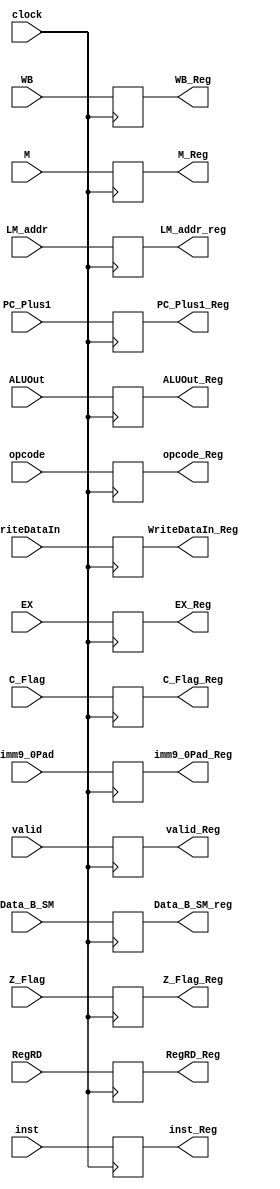
module EXM(clock,WB,M,EX,ALUOut,WriteDataIn,RegRD,imm9_0Pad,PC_Plus1,Z_Flag, C_Flag ,valid, LM_addr, Data_B_SM, opcode, inst,
WB_Reg,M_Reg,EX_Reg,ALUOut_Reg,WriteDataIn_Reg,RegRD_Reg,imm9_0Pad_Reg,PC_Plus1_Reg,Z_Flag_Reg, C_Flag_Reg, valid_Reg, LM_addr_reg, Data_B_SM_reg,opcode_Reg,inst_Reg);
input clock;
input [2:0] WB;
input [2:0] M;
input [15:0] ALUOut,WriteDataIn;
input [2:0] RegRD;
input [15:0] imm9_0Pad;
input [15:0] PC_Plus1;
input Z_Flag, C_Flag ;
//input Z_Flag_set, C_Flag_set ;//
input valid;
input [15:0]LM_addr;
input [15:0] Data_B_SM;
input [3:0] opcode;
input [15:0] inst;
input [8:0] EX;

output [2:0] WB_Reg;
output [2:0] M_Reg;
output [15:0] ALUOut_Reg,WriteDataIn_Reg;
output [2:0] RegRD_Reg;
output [15:0] imm9_0Pad_Reg;
output [15:0] PC_Plus1_Reg;
output Z_Flag_Reg, C_Flag_Reg;
output valid_Reg;
output [15:0]LM_addr_reg;
output [15:0] Data_B_SM_reg;
output [3:0] opcode_Reg;
output [15:0] inst_Reg;
output [8:0] EX_Reg;

reg [2:0] WB_Reg;
reg [2:0] M_Reg;
reg [15:0] ALUOut_Reg,WriteDataIn_Reg;
reg [2:0] RegRD_Reg;
reg [15:0] imm9_0Pad_Reg;
reg [15:0] PC_Plus1_Reg;
reg Z_Flag_Reg, C_Flag_Reg;
reg valid_Reg;
reg [15:0]LM_addr_reg;
reg [15:0] Data_B_SM_reg;
reg [3:0]opcode_Reg;
reg [15:0] inst_Reg;
reg [8:0] EX_Reg;

initial begin
WB_Reg=0;
M_Reg=0;
ALUOut_Reg=0;
WriteDataIn_Reg=0;
RegRD_Reg=0;
imm9_0Pad_Reg=0;
PC_Plus1_Reg=0;
Z_Flag_Reg=0;
C_Flag_Reg=0;
valid_Reg=0;
LM_addr_reg=0;
Data_B_SM_reg=0;
opcode_Reg =0;
inst_Reg=0;
EX_Reg=0;
end
always@(posedge clock)
begin
WB_Reg<=WB;
M_Reg<=M;
ALUOut_Reg<=ALUOut;
WriteDataIn_Reg<=WriteDataIn;
RegRD_Reg<=RegRD;
imm9_0Pad_Reg<=imm9_0Pad;
PC_Plus1_Reg<=PC_Plus1;
Z_Flag_Reg<=Z_Flag; //if ( Z_Flag_set == 1'b1) Z_Flag_Reg<=Z_Flag;
C_Flag_Reg<=C_Flag; //if ( C_Flag_set == 1'b1) C_Flag_Reg<=C_Flag;
valid_Reg<= valid;
LM_addr_reg<=LM_addr;
Data_B_SM_reg<=Data_B_SM;
opcode_Reg<=opcode;
inst_Reg<=inst;
EX_Reg<=EX;
end
endmodule